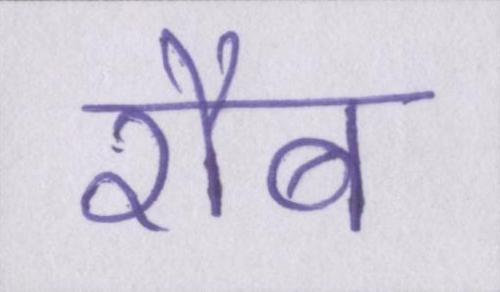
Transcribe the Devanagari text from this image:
रौब